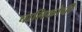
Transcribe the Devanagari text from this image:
चालिकोची